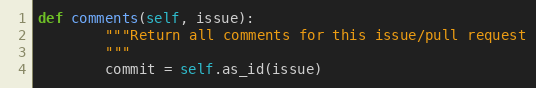
Language: Python
def comments(self, issue):
        """Return all comments for this issue/pull request
        """
        commit = self.as_id(issue)